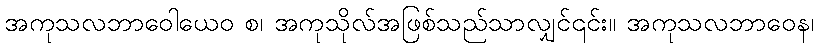
အကုသလဘာဝေါယေဝ စ၊ အကုသိုလ်အဖြစ်သည်သာလျှင်၎င်း။ အကုသလဘာဝေန၊